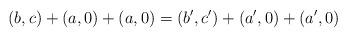
LaTeX: \begin{align*} (b,c) + (a,0) + (a,0) = (b',c') + (a',0) + (a',0)\end{align*}